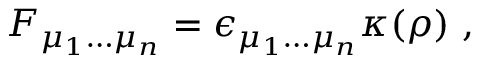
F _ { \mu _ { 1 } \dots \mu _ { n } } = \epsilon _ { \mu _ { 1 } \dots \mu _ { n } } \kappa ( \rho ) ~ ,